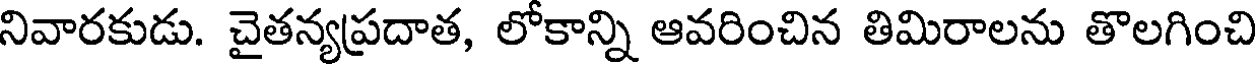
నివారకుడు. చైతన్యప్రదాత, లోకాన్ని ఆవరించిన తిమిరాలను తొలగించి